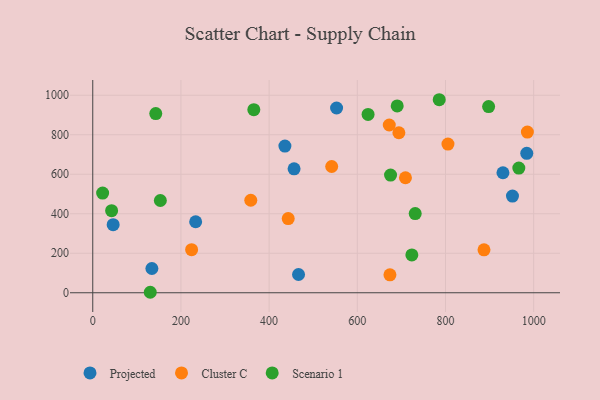
{"axis": {"x": "Ad Spend", "y": "Rating"}, "legend": ["Cluster C", "Projected", "Scenario 1"], "data": [{"x": "951.9", "y": 489.5, "type": "Projected"}, {"x": "456.6", "y": 627.4, "type": "Projected"}, {"x": "134.1", "y": 122.9, "type": "Projected"}, {"x": "435.8", "y": 742.6, "type": "Projected"}, {"x": "930.3", "y": 607.6, "type": "Projected"}, {"x": "233.4", "y": 359.6, "type": "Projected"}, {"x": "553.0", "y": 935.3, "type": "Projected"}, {"x": "984.3", "y": 705.7, "type": "Projected"}, {"x": "466.7", "y": 92.4, "type": "Projected"}, {"x": "46.3", "y": 344.5, "type": "Projected"}, {"x": "672.5", "y": 849.3, "type": "Cluster C"}, {"x": "358.4", "y": 468.3, "type": "Cluster C"}, {"x": "674.0", "y": 90.6, "type": "Cluster C"}, {"x": "541.9", "y": 639.1, "type": "Cluster C"}, {"x": "805.6", "y": 752.6, "type": "Cluster C"}, {"x": "694.3", "y": 810.1, "type": "Cluster C"}, {"x": "887.3", "y": 217.4, "type": "Cluster C"}, {"x": "224.2", "y": 217.9, "type": "Cluster C"}, {"x": "985.7", "y": 813.6, "type": "Cluster C"}, {"x": "709.2", "y": 582.2, "type": "Cluster C"}, {"x": "443.3", "y": 375.7, "type": "Cluster C"}, {"x": "897.8", "y": 942.6, "type": "Scenario 1"}, {"x": "731.3", "y": 401.1, "type": "Scenario 1"}, {"x": "723.7", "y": 191.5, "type": "Scenario 1"}, {"x": "153.3", "y": 467.0, "type": "Scenario 1"}, {"x": "130.4", "y": 2.4, "type": "Scenario 1"}, {"x": "142.9", "y": 907.3, "type": "Scenario 1"}, {"x": "675.4", "y": 595.6, "type": "Scenario 1"}, {"x": "365.3", "y": 926.9, "type": "Scenario 1"}, {"x": "22.4", "y": 504.6, "type": "Scenario 1"}, {"x": "624.4", "y": 902.9, "type": "Scenario 1"}, {"x": "42.8", "y": 415.4, "type": "Scenario 1"}, {"x": "690.5", "y": 945.7, "type": "Scenario 1"}, {"x": "966.3", "y": 631.4, "type": "Scenario 1"}, {"x": "785.8", "y": 977.3, "type": "Scenario 1"}]}